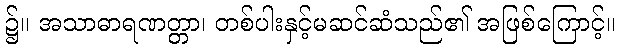
၌။ အသာဓာရဏတ္တာ၊ တစ်ပါးနှင့်မဆင်ဆံသည်၏ အဖြစ်ကြောင့်။